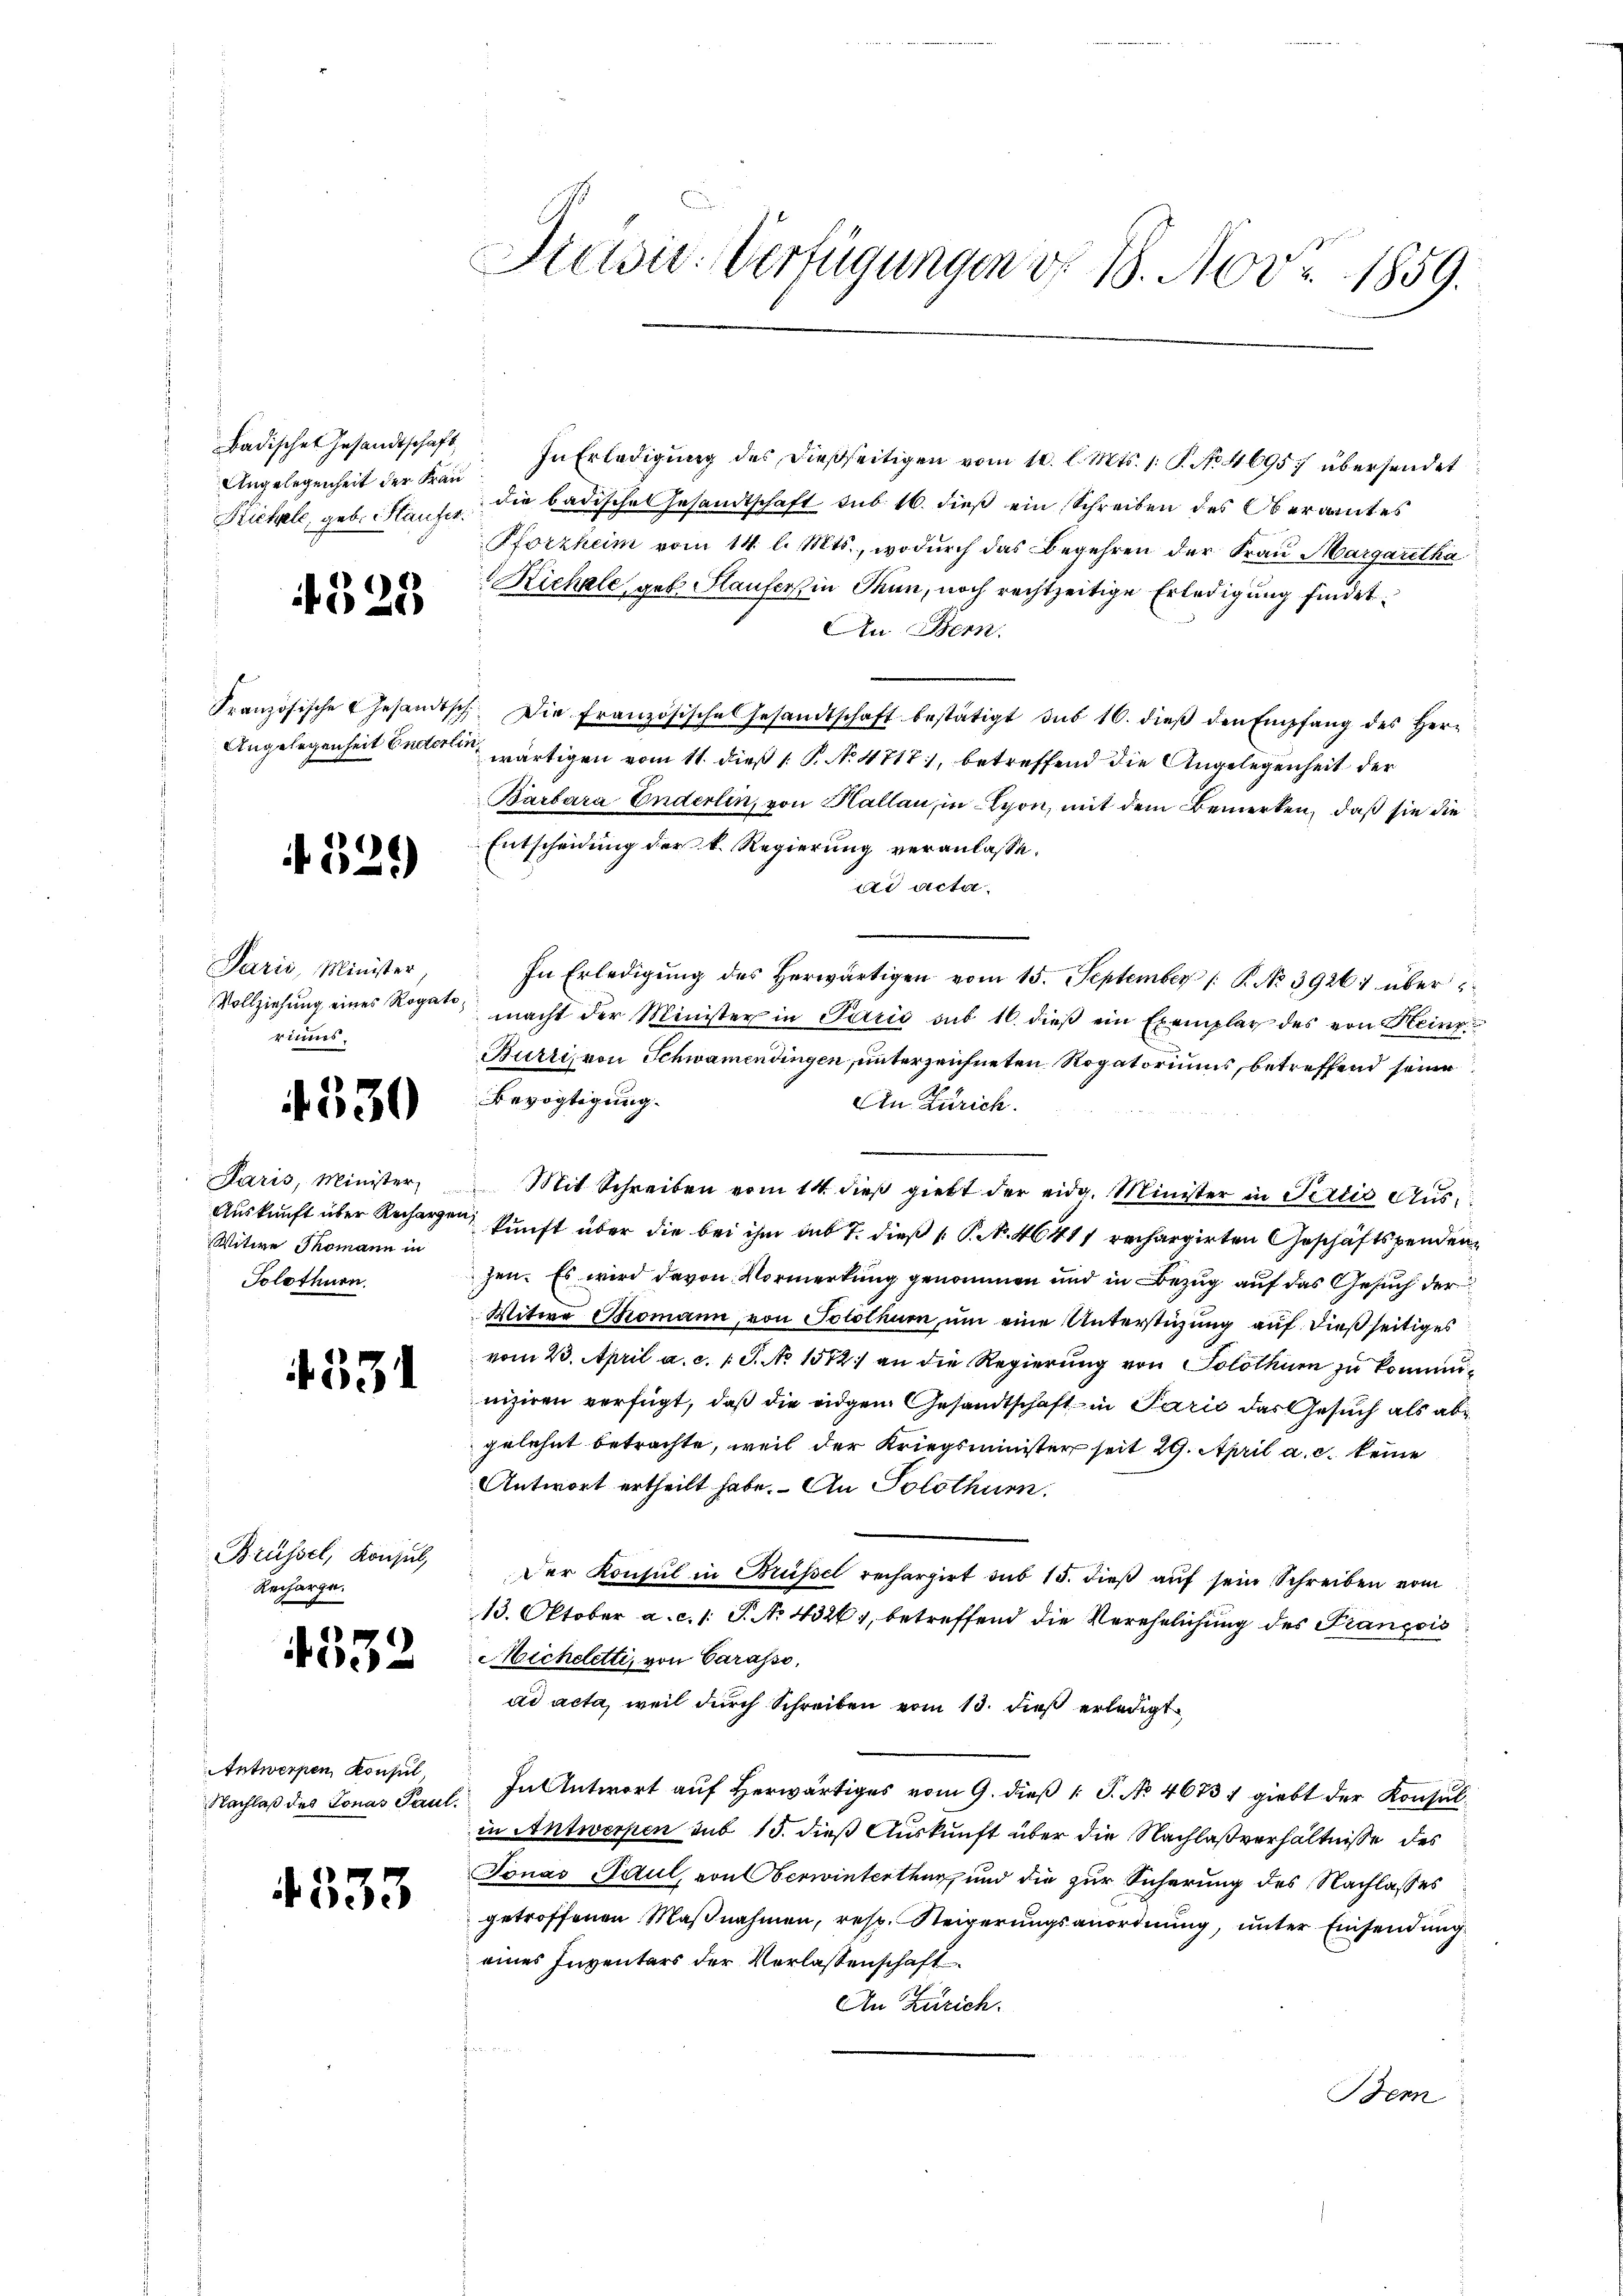
Angelegenheit der Frau

529

¬

Paris, Minister
rinnes.

530

Paris, Minister,
Witwe Thomann in
Solothurn.

331

Brüssel, Konsul,
Recharge.

4332

Antworfen, Konsul

4333

Preiser-Verfügungen v. 18. Nov. 1859.

Ladische Gesandtschaft. In Erledigŭng des dießseitigen vom 10. l. Mts. 1. P. No. 46957 übersendet
Kichel, geb. Hause die badische Gesandtschaft sub. 16. dieß ein Schreiben des Oberamtes
Pforzheim vom 14. l. Mts., wodurch das Begehren der Frau Margaretha
Richele geb. Haufers in Thun, noch rechtzeitige Erledigung findet.
An Bern.
Französische Gesandtsch. Die Französische Gesandtschaft bestätigt aŭs 16. dieβ den Empfang des Her-
Angelegenheit Enderen wärtigen vom 11. dieß 1. P. No. 4717), betreffend die Angelegenheit der
Barbara Enderlin, von Hallau, in Lyon, mit dem Bemerken, daß sie die
Entscheidung der k. Regierung veranlasse.
ad acta.
In Erledigung des herwärtigen vom 15. September 1. P. No 39267 über
Vollziehung eines Rogat macht der Minister in Paris sub 10. dieβ ein Exemplar des von Heinr
Burri, von Schwamendingen, unterzeichneten Rogatoriums, betreffend seine
Bevogtigung.
An Zürich.
u
Mit Schreiben vom 14. dieß giebt der eidg. Minister in Pertig Aus¬
Auskunft über Rechargen kunft über die bei ihm und 7. dieß P. Nr. 46411 rechargirten Geschäftspendenzen. Es wird davon Vormerkung genommen und in Bezug auf das Gesuch der
Witwe Stromann, von Solothur um eine Unterstüzung auf dießseitiges
vom 23. April a. c. 1 S. No 1572) an die Regierung von Solothurn zu komminiziren verfügt, daß die eidgen Gesandtschaft in Paris das Gesuch als abgelehnt betrachte, weil der Kriegsminister seit 29. April a. c. keine
Antwort ertheilt habe. An Solothurn.
Der Konsul in Brüssel rechargirt sub 15. dieß auf sein Schreiben vom
13. Oktober a.c. s. S. No. 4326), betreffend die Verehelichung des François
Micheletti, von Carasso,
ad acta, weil durch Schreiben vom 13. dieß erledigt
Nachlaß des Jonas Paul. In Antwort auf herwärtiges vom 9. dieß 1 S. No. 4673, giebt der Konsulin Antwerpen sub 15. dieß Auskunft über die Nachlaßverhältnisse des
Fonas Paul, von Oberwinterthur und die zur Sicherung des Nachlasses
getroffenen Maβnahmen, resp. Steigerŭngsanordnŭng, unter Einsendung
eines Inventars der Verlassenschaft
An Zürich.
fan
Bern